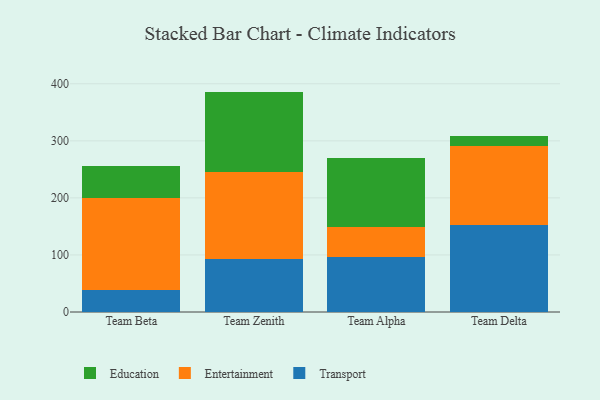
{"axis": {"x": "Team", "y": "Energy Usage (MWh)"}, "legend": ["Education", "Entertainment", "Transport"], "data": [{"x": "Team Beta", "y": 38.3, "type": "Transport"}, {"x": "Team Beta", "y": 161.2, "type": "Entertainment"}, {"x": "Team Beta", "y": 55.8, "type": "Education"}, {"x": "Team Zenith", "y": 92.3, "type": "Transport"}, {"x": "Team Zenith", "y": 152.4, "type": "Entertainment"}, {"x": "Team Zenith", "y": 141.6, "type": "Education"}, {"x": "Team Alpha", "y": 95.9, "type": "Transport"}, {"x": "Team Alpha", "y": 52.3, "type": "Entertainment"}, {"x": "Team Alpha", "y": 120.9, "type": "Education"}, {"x": "Team Delta", "y": 151.8, "type": "Transport"}, {"x": "Team Delta", "y": 138.5, "type": "Entertainment"}, {"x": "Team Delta", "y": 17.8, "type": "Education"}]}